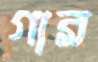
গার